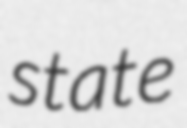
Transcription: state